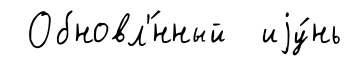
Обновл'́нный иjу́нь